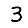
Digit: 3